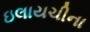
ઇલાયચીના